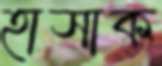
হাসাক